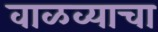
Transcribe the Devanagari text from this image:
वाळव्याचा